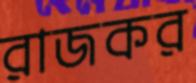
রাজকর